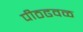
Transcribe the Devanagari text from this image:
पीठढवळ